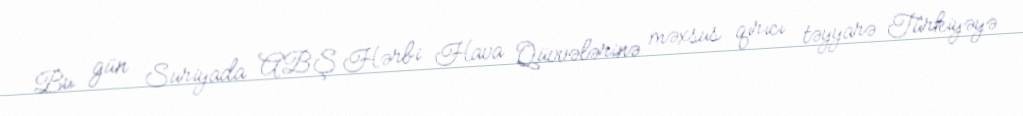
Bu gün Suriyada ABŞ Hərbi Hava Qüvvələrinə məxsus qırıcı təyyarə Türkiyəyə